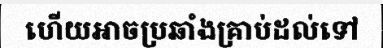
ហើយអាចប្រឆាំងគ្រាប់ដល់ទៅ